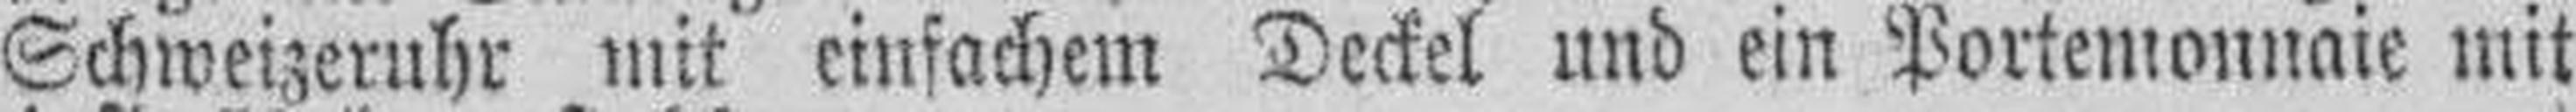
Schweizeruhr mit einfachem Deckel und ein Portemonnaie mit